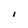
Character: 1